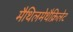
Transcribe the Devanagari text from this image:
मैथिलमेथैक्रिलेट